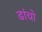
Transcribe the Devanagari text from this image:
ढांचो